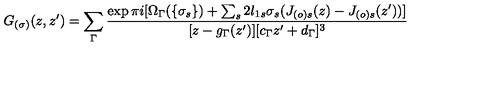
G _ { ( \sigma ) } ( z , z ^ { \prime } ) = \sum _ { \Gamma } \frac { \exp \pi i [ \Omega _ { \Gamma } ( \{ \sigma _ { s } \} ) + \sum _ { s } 2 l _ { 1 s } \sigma _ { s } ( J _ { ( o ) s } ( z ) - J _ { ( o ) s } ( z ^ { \prime } ) ) ] } { [ z - g _ { \Gamma } ( z ^ { \prime } ) ] [ c _ { \Gamma } z ^ { \prime } + d _ { \Gamma } ] ^ { 3 } }